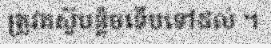
ត្រូវតស៊ូបន្តិចទើបទៅដល់ ។